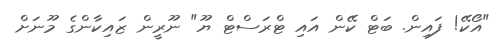
"އޯކޭ! ފައިން. ބަޓް ކޭން އައި ޓްރަސްޓް ޔޫ" ނޫރީން ޒައިކާންގެ މޫނަށް